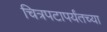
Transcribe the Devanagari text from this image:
चित्रपटापर्यंतच्या